Scottish Certificate of Education, 1963
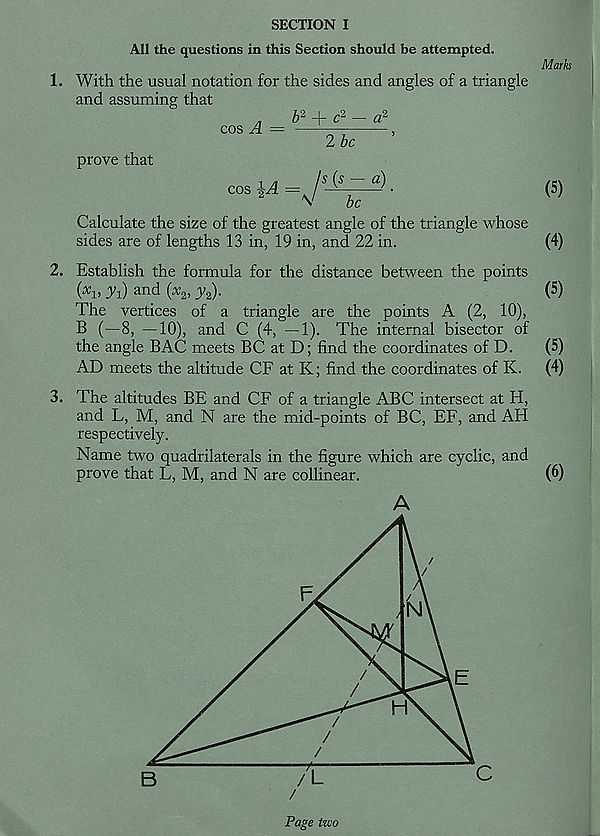
SECTION I
All the questions in this Section should be attempted.
Marks
1. With the usual notation for the sides and angles of a triangle
and assuming that
prove that
cosi A=J s ±=^).
(5)
Calculate the size of the greatest angle of the triangle whose
sides are of lengths 13 in, 19 in, and 22 in.
(4)
2. Establish the formula for the distance between the points
( x v yd and (x>, y 2 ).
(5)
The vertices of a triangle are the points A (2, 10),
B (—8, —10), and C (4, —1). The internal bisector of
the angle BAC meets BC at D; find the coordinates of D.
(5)
AD meets the altitude CF at K; find the coordinates of K.
(4)
3. The altitudes BE and CF of a triangle ABC intersect at H,
and L, M, and N are the mid-points of BC, EE, and AH
respectively.
Name two quadrilaterals in the figure which are cyclic, and
prove that L, M, and N are collinear.
(6)
Page two